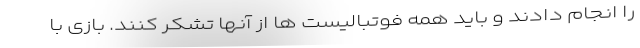
را انجام دادند و باید همه فوتبالیست ها از آنها تشکر کنند. بازی با